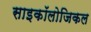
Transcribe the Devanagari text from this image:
साइकॉलोजिकल